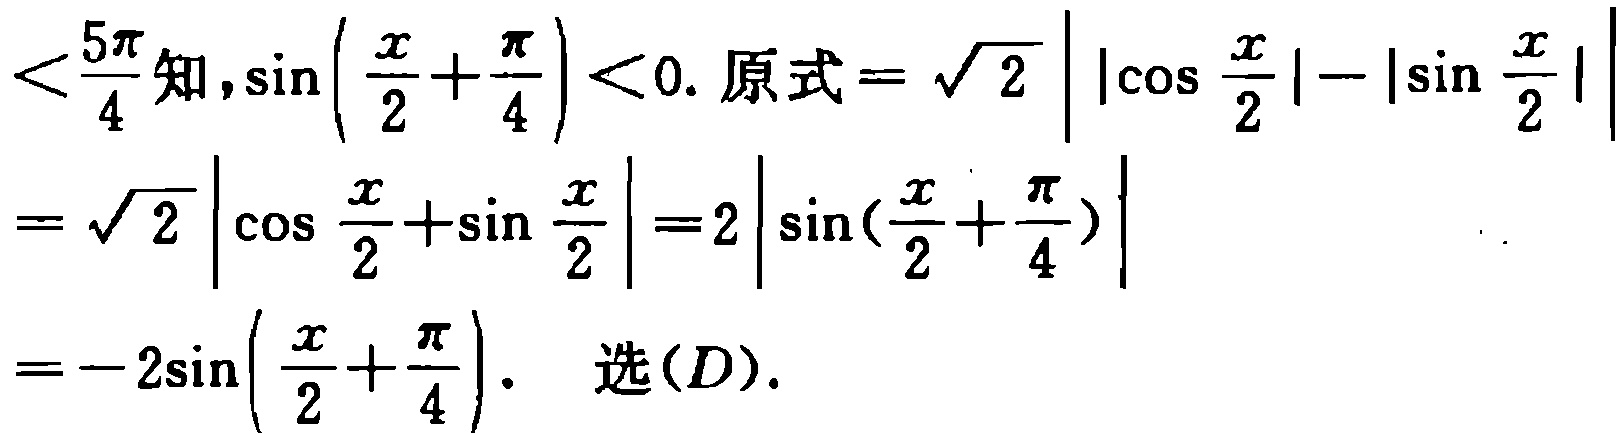
$<\frac{5\pi}{4}知,\sin(\frac{x}{2}+\frac{\pi}{4})<0. 原式=\sqrt{2}\left|\left|\cos\frac{x}{2}\right|-\left|\sin\frac{x}{2}\right|\right|\\=\sqrt{2}\left|\cos\frac{x}{2}+\sin\frac{x}{2}\right| = 2\left|\sin(\frac{x}{2}+\frac{\pi}{4})\right|\\=-2\sin(\frac{x}{2}+\frac{\pi}{4}). \选(D).$